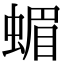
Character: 蝞